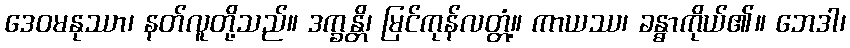
ဒေဝမနုဿာ၊ နတ်လူတို့သည်။ ဒက္ခန္တိ၊ မြင်ကုန်လတ္တံ့။ ကာယဿ၊ ခန္ဓာကိုယ်၏။ ဘေဒါ၊